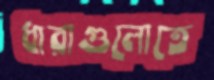
ধারাগুলোতে